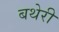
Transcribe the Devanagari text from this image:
बथेरी